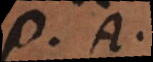
U. A.